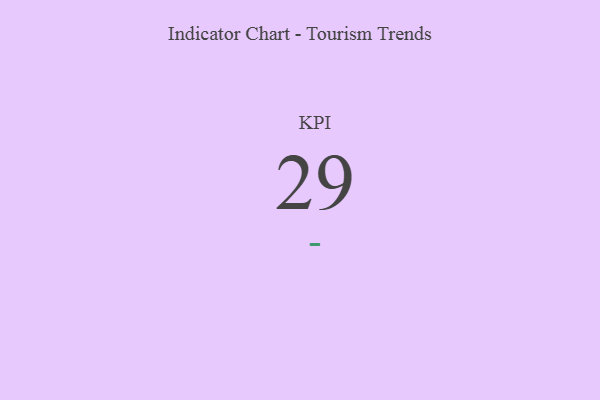
{"axis": {"x": "KPI", "y": "Value"}, "legend": [""], "data": [{"x": "KPI", "y": 29, "type": ""}]}